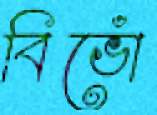
বিভোঁ